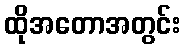
ထိုအတောအတွင်း